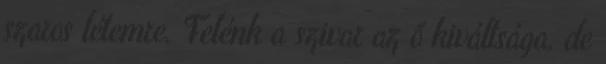
szaros létemre. Felénk a szivar az ő kiváltsága, de